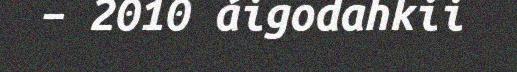
– 2010 áigodahkii